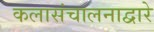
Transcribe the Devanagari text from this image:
कलासंचालनाद्वारे